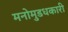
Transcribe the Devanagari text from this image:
मनोमुडधकारी